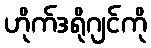
ဟိုက်ဒရိုဂျင်ကို